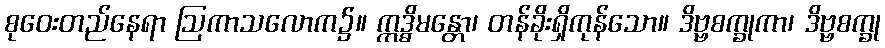
စုဝေးတည်နေရာ ဩကာသလောက၌။ ဣဒ္ဓိမန္တော၊ တန်ခိုးရှိကုန်သော။ ဒိဗ္ဗစက္ခုကာ၊ ဒိဗ္ဗစက္ခု